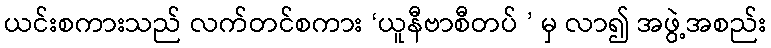
ယင်းစကားသည် လက်တင်စကား ‘ယူနီဗာစီတပ် ’ မှ လာ၍ အဖွဲ့အစည်း